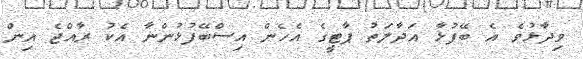
ވިދާޅުވެ އެ ބޭފުޅާ އަދާލަތު ޕާޓީގެ އެހެން އިސްބޭފުޅުންނާ އެކު ރާއްޖެ އިން